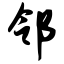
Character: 邻